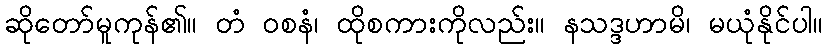
ဆိုတော်မူကုန်၏။ တံ ဝစနံ၊ ထိုစကားကိုလည်း။ နသဒ္ဒဟာမိ၊ မယုံနိုင်ပါ။